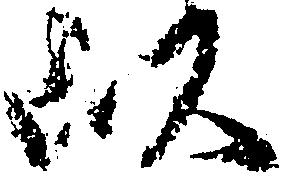
以